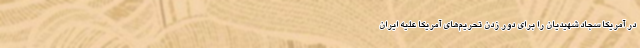
در آمریکا سجاد شهیدیان را برای دور زدن تحریم‌های آمریکا علیه ایران